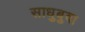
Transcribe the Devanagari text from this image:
साधुबुवा